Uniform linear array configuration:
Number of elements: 16
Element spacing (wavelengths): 0.25
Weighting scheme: binomial
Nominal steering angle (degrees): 0
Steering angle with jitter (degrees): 0.5337
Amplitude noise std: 0.05
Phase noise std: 0.05

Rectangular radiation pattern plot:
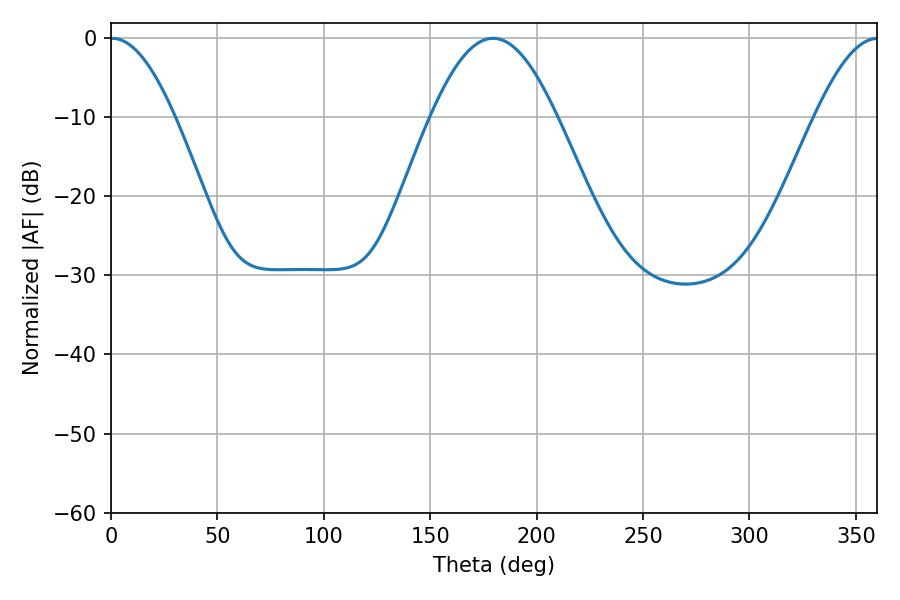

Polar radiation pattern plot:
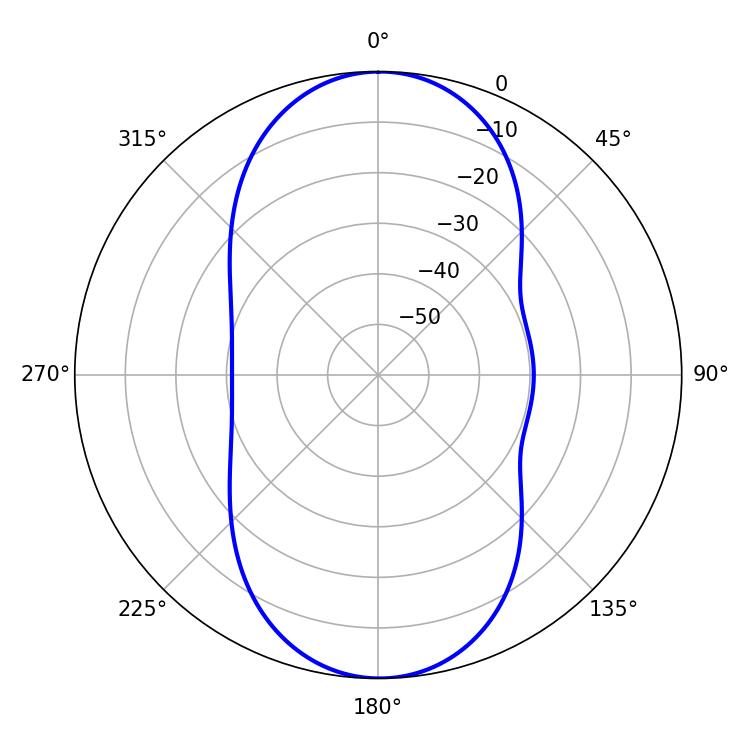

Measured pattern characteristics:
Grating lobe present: FALSE
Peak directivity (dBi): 26.053
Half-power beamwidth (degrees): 16.38
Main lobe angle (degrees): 0.54